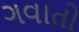
ગવાતો